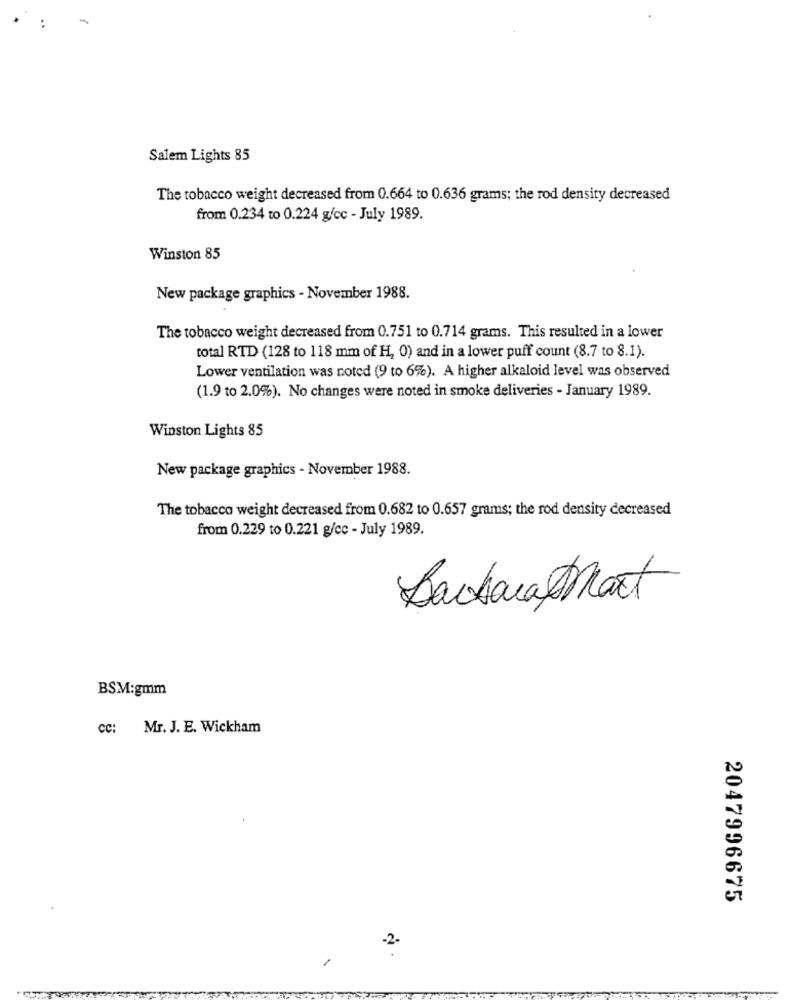
Salem Lights 85
The tobacco weight decreased from 0.664 to 0.636 grams; the rod density decreased
from 0.234 to 0.224 g/cc - July 1989.
Winston 85
New package graphics - November 1988.
The tobacco weight decreased from 0.751 to 0.714 grams. This resulted in a lower
total RTD (128 to 118 mm of H, 0) and in a lower puff count (8.7 to 8.1).
Lower ventilation was noted (9 to 6%). A higher alkaloid level was observed
(1.9 to 2.0%). No changes were noted in smoke deliveries - January 1989.
Winston Lights 85
New package graphics - November 1988.
The tobacco weight decreased from 0.682 to 0.657 grams; the rod density decreased
from 0.229 to 0.221 g/cc - July 1989.
BackarMart
BSM:gmm
cc: Mr. J. E. Wickham
2047996675
-2-